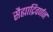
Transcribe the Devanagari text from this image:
सैह्याद्रिवर्णन